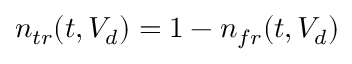
n _ { t r } ( t , V _ { d } ) = 1 - n _ { f r } ( t , V _ { d } )